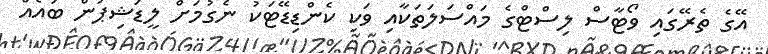
އޭގެ ތެރޭގައި ވޯޓާސް ލިސްޓްގެ މައްސަލަތަކާއި ވަކި ކެންޑިޑޭޓަކު ނެގުމަށް ލީޑަޝިޕުން ބައެއް